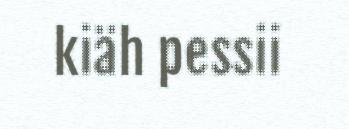
kiäh pessii